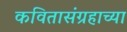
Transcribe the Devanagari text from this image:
कवितासंग्रहाच्या